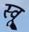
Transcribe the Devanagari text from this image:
स्वू